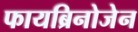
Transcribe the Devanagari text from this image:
फायब्रिनोजेन